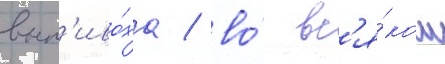
вып'иво́ха / во́ вс'я́ком